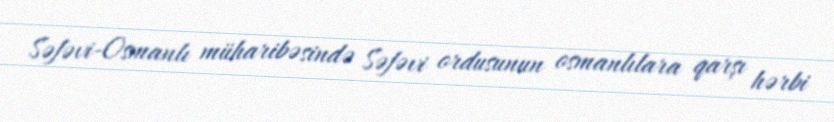
Səfəvi-Osmanlı müharibəsində Səfəvi ordusunun osmanlılara qarşı hərbi